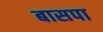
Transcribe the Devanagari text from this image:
बासपा